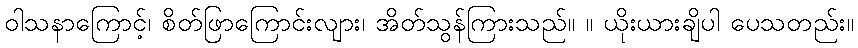
ဝါသနာကြောင့်၊ စိတ်ဖြာကြောင်းလျား၊ အိတ်သွန်ကြားသည်။ ။ ယိုးယားချိပါ ပေသတည်း။